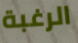
الرغبة